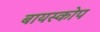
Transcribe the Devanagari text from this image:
बायस्कोप